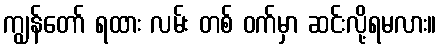
ကျွန်တော် ရထား လမ်း တစ် ဝက်မှာ ဆင်းလို့ရမလား။